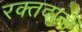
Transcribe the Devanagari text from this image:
रक्तदानों